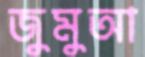
জুমুআ